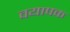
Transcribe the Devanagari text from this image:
वयापक